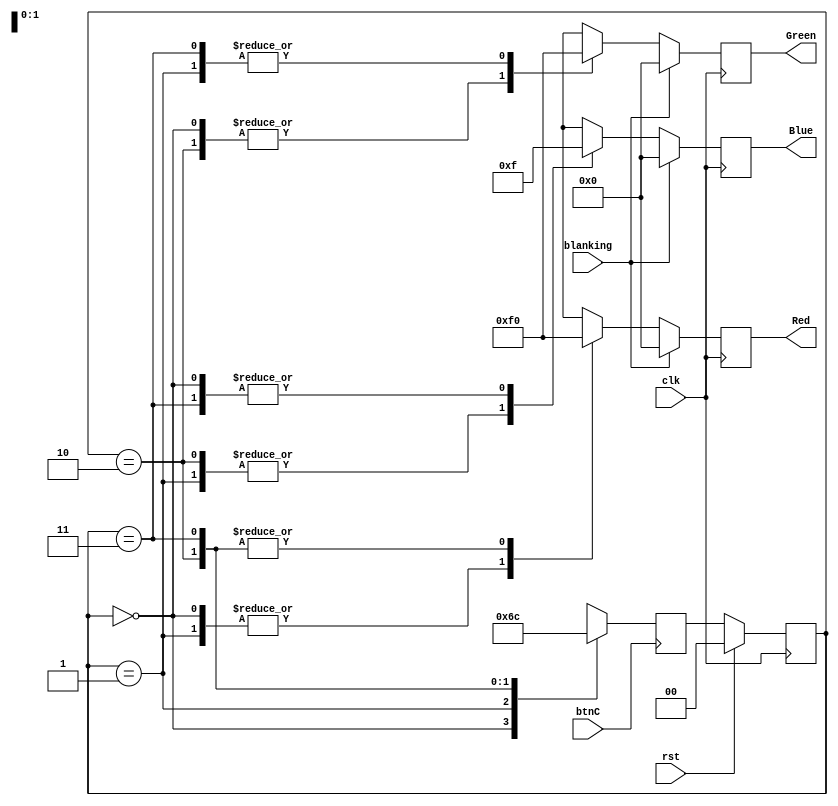
`timescale 1ns / 1ps
//////////////////////////////////////////////////////////////////////////////////
// Company: 
// Engineer: 
// 
// Design Name: 
// Module Name: Color_Generator
// Project Name: 
// Target Devices: 
// Tool Versions: 
// Description: 
// 
// Dependencies: 
// 
// Revision:
// Revision 0.01 - File Created
// Additional Comments:
// 
//////////////////////////////////////////////////////////////////////////////////


module Color_Generator(
    input clk,
    input rst,
    input btnC,
    input blanking,
    output reg [3:0] Red,
    output reg [3:0] Green,
    output reg [3:0] Blue
    );
    
    localparam WHITE = 2'b00;
    localparam RED = 2'b01;
    localparam GREEN = 2'b10;
    localparam BLUE = 2'b11;
    reg [1:0] CURRENT_STATE, NEXT_STATE;
    
    //cycle though colors when center button is pressed
    always @ (posedge btnC) begin
        case (CURRENT_STATE)
        WHITE: NEXT_STATE <= RED;
        RED:   NEXT_STATE <= GREEN;
        GREEN: NEXT_STATE <= BLUE;
        BLUE:  NEXT_STATE <= WHITE;
        default: NEXT_STATE <= WHITE;
        endcase
    end //state genrator
    
    //flip flops
    always @ (posedge clk) begin
        if(rst) CURRENT_STATE <= WHITE;
        else CURRENT_STATE <= NEXT_STATE;
    end
    
    //Output Forming Logic
    always @(posedge clk) begin
    
        if(~blanking) begin
            case(CURRENT_STATE)
            WHITE:begin
                Red <= 4'hF;
                Green <= 4'hF;
                Blue <= 4'hF;
            end // case:WHITE
            
            RED:begin
                Red <= 4'hF;
                Green <= 4'h0;
                Blue <= 4'h0;
            end // case:RED
            
            GREEN:begin
                Red <= 4'h0;
                Green <= 4'hF;
                Blue <= 4'h0;
            end //case:GREEN
            
            BLUE:begin
                Red <= 4'h0;
                Green <= 4'h0;
                Blue <= 4'hF;
            end //case:BLUE
            endcase
        end // not blanking condition
        
        // vga is blanking so drive outputs off
        else begin
            Red <= 4'h0;
            Green <= 4'h0;
            Blue <= 4'h0;
        end 
    end //Output forming logic
    
endmodule